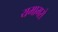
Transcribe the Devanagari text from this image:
यमामसे